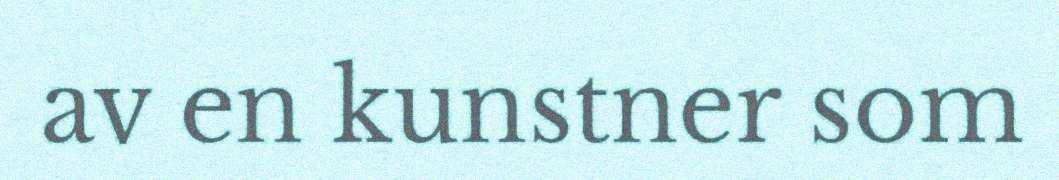
av en kunstner som